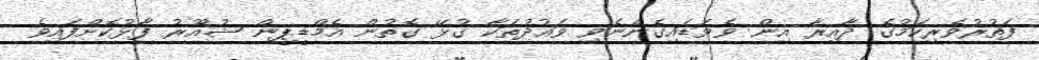
ފަތުރުވެރިކަމުގެ ދާއިރާ އިން ވެވަޑައިގެންނެވި ވައުދުތަކާ ގުޅޭ ގޮތުން އެމްޑީޕީން ޝުއޫރު ފާޅުކޮށްފައިވެ